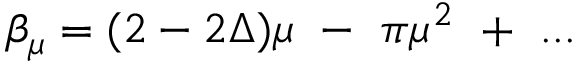
\beta _ { \mu } = ( 2 - 2 \Delta ) \mu ~ - ~ \pi \mu ^ { 2 } ~ + ~ . . .